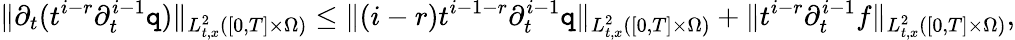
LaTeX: \| \partial_{t}(t^{i-r}\partial_{t}^{i-1}\mathtt{q})\| _{L_{t,x}^{2}([0,T]\times\Omega)}\le\| (i-r)t^{i-1-r}\partial_{t}^{i-1}\mathtt{q}\| _{L_{t,x}^{2}([0,T]\times\Omega)}+\| t^{i-r}\partial_{t}^{i-1}f\| _{L_{t,x}^{2}([0,T]\times\Omega)},